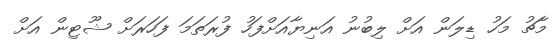
މާޗު މަހު ޑިލަން އަށް ލިބުނު އަނިޔާއަށްފަހު ފުރަތަމަ ފަހަރަށް ޝޫޓިން އަށް